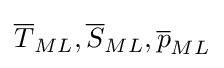
{\overline {T}}_{ML},{\overline {S}}_{ML},{\overline {p}}_{ML}